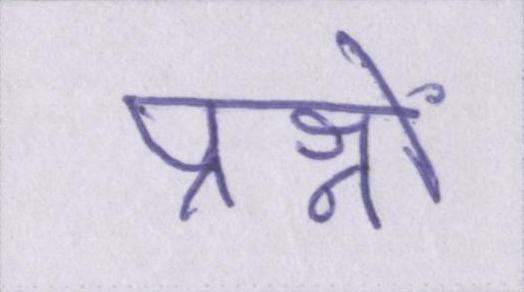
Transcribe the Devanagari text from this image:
प्रश्नों